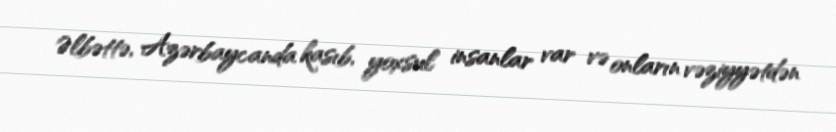
Əlbəttə, Azərbaycanda kasıb, yoxsul insanlar var və onların vəziyyətdən